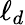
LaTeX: \ell_{d}